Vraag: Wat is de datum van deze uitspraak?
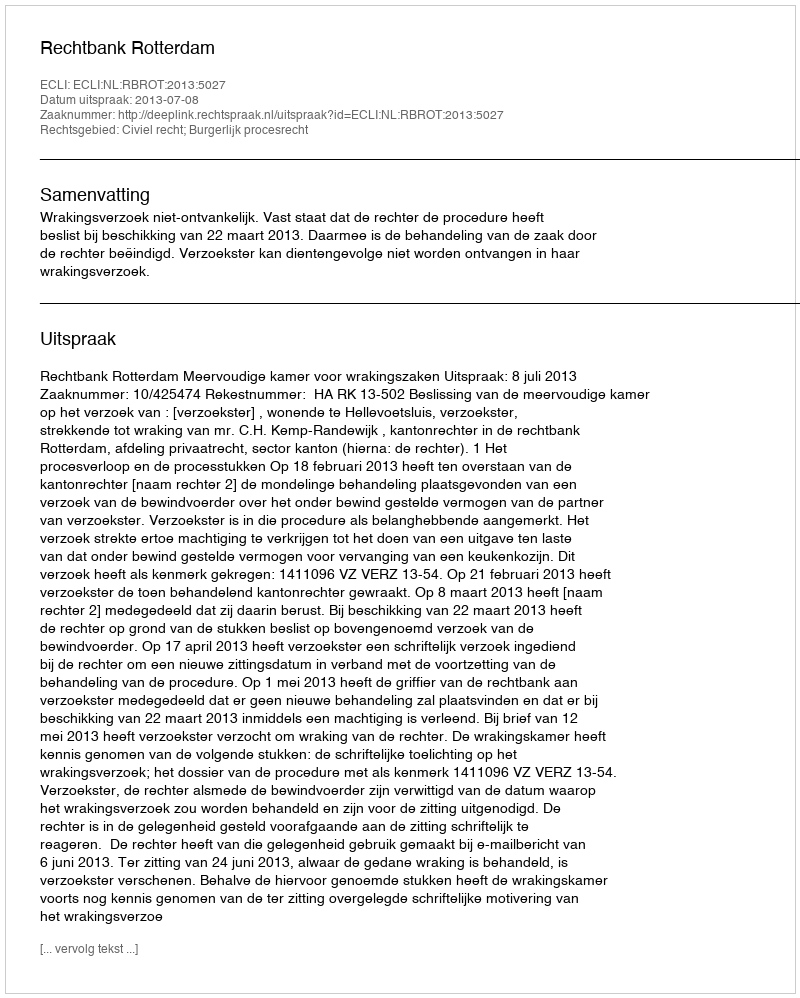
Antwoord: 2013-07-08